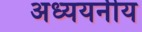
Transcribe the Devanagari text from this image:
अध्ययनीय